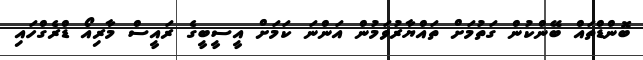
ބޮންޑްތައް ބޭންކުން ގަތުމަށް ތައްޔާރުވަމުން އަންނަ ކަމަށް އީސީބީގެ ރައީސް މާރިއޯ ޑްރެގްހައި